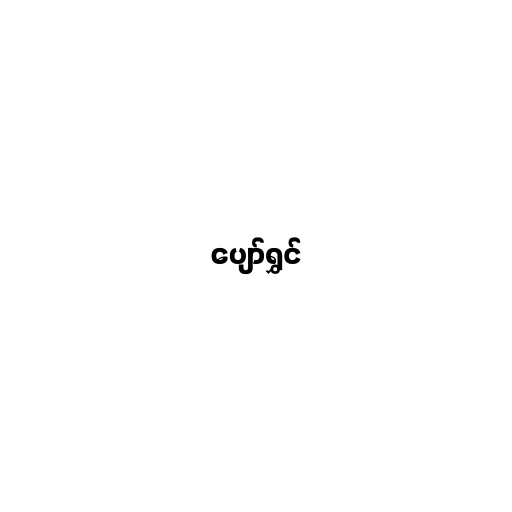
ပျော်ရွှင်